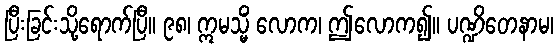
ပြီးခြင်းသို့ရောက်ပြီ။ ၉၈၊ ဣမသ္မိံ လောက၊ ဤလောက၍။ ပဏ္ဍိတေနာမ၊